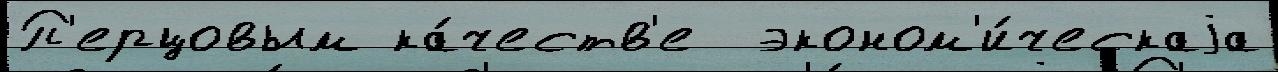
П'ерцовым ка́честв'е  эконом'и́ческаjа